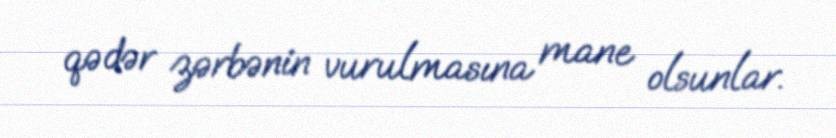
qədər zərbənin vurulmasına mane olsunlar.